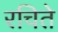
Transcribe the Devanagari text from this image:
रचिते